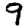
Digit: 9